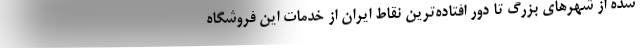
شده از شهرهای بزرگ تا دور افتاده‌ترین نقاط ایران از خدمات این فروشگاه